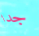
جدا